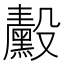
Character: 𬆴